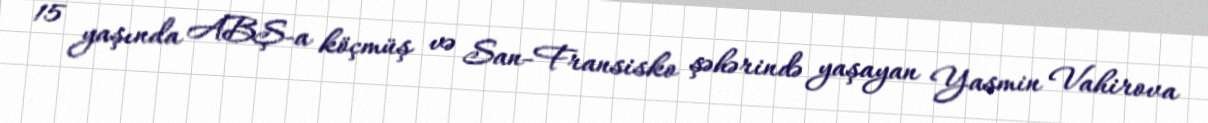
15 yaşında ABŞ-a köçmüş və San-Fransisko şəhərində yaşayan Yasmin Vahirova